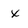
Character: x